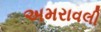
અમરાવલી